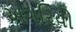
અગરિયો